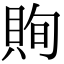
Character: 𧵣